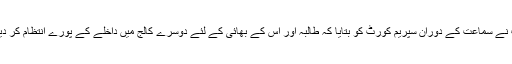
یوپی حکومت نے سماعت کے دوران سپریم کورٹ کو بتایا کہ طالبہ اور اس کے بھائی کے لئے دوسرے کالج میں داخلے کے پورے انتظام کر دیئے گئے ہیں۔